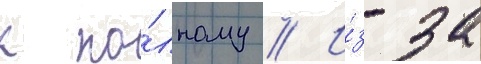
к по́лному // И́з-за